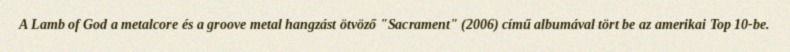
A Lamb of God a metalcore és a groove metal hangzást ötvöző "Sacrament" (2006) című albumával tört be az amerikai Top 10-be.